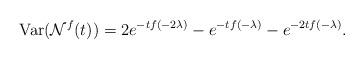
LaTeX: \begin{align*}\textrm{Var} ( \mathcal{N}^f(t) )= 2e^{-tf(-2\lambda)}- e^{-tf(-\lambda)}-e^{-2tf(-\lambda)}.\end{align*}